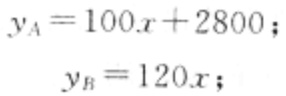
\[
\begin{align*}
y_A& = 100x + 2800;\\
y_B& = 120x;
\end{align*}
\]